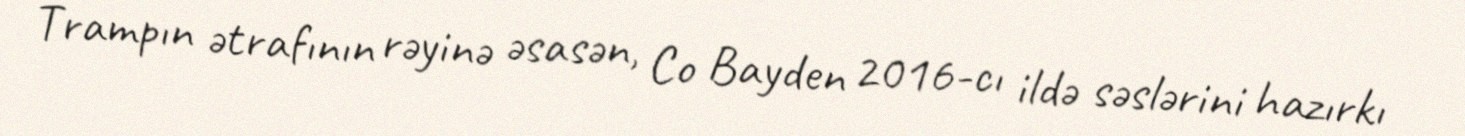
Trampın ətrafının rəyinə əsasən, Co Bayden 2016-cı ildə səslərini hazırkı